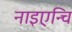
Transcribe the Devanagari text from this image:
नाइएन्चि